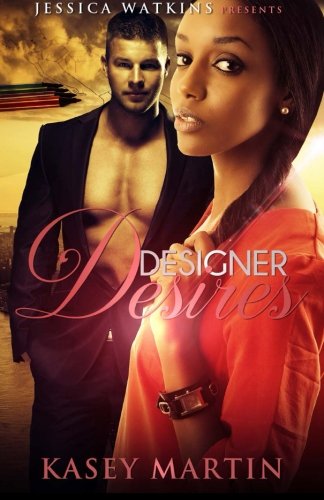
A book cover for Designer Desires; Kasey Martin; Romance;